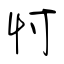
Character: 忖